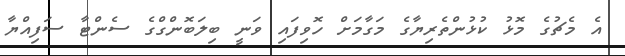
އެ މެޗުގެ މޮޅު ކުޅުންތެރިޔާގެ މަގާމަށް ހޮވިފައި ވަނީ ބިލަބޮންގްގެ ސެންޓާ ސަފިއްޔާ